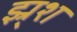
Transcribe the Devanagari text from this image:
झ्र्श